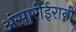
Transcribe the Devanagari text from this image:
अंसारीईरानी